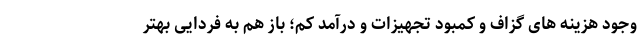
وجود هزینه های گزاف و کمبود تجهیزات و درآمد کم؛ باز هم به فردایی بهتر